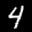
Label: 4